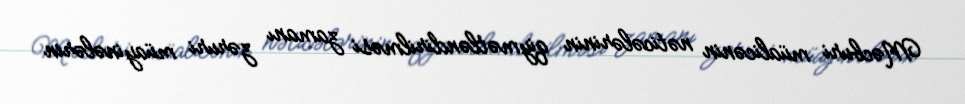
Məcburi müalicənin nəticələrinin qiymətləndirilməsi zamanı zəruri müayinələrin